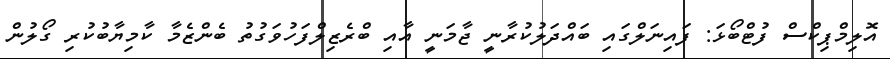
އޮލިމްޕިކްސް ފުޓްބޯޅަ: ފައިނަލްގައި ބައްދަލުކުރާނީ ޖާމަނީ އާއި ބްރެޒިލްފަހުވަގުތު ބެންޒެމާ ކާމިޔާބުކުރި ގޯލުން